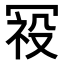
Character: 𭁿